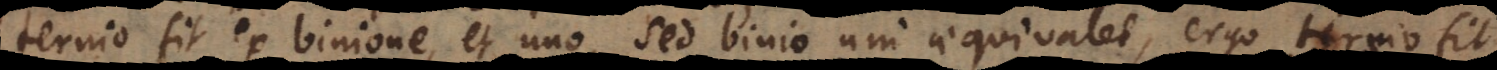
ternio fit ex binione, et uno, sed binio uni aequivalet, ergo ternio fit